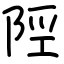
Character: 陘